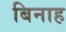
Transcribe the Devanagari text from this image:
बिनाह